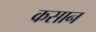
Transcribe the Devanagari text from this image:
कसान